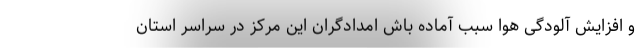
و افزایش آلودگی هوا سبب آماده باش امدادگران این مرکز در سراسر استان